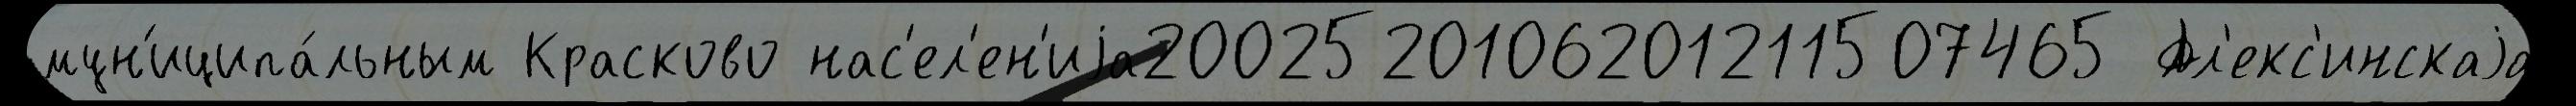
мун'иципа́льным Красково нас'ел'ен'иjа2002520106201211507465 Ал'екс'инскаjа